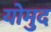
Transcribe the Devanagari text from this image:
योमुद